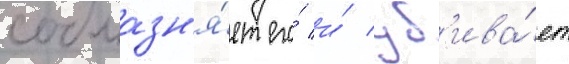
соблазн'я́ет его́ и́ уб'ива́ет